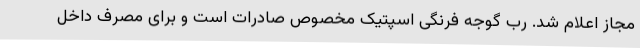
مجاز اعلام شد. رب گوجه فرنگی اسپتیک مخصوص صادرات است و برای مصرف داخل